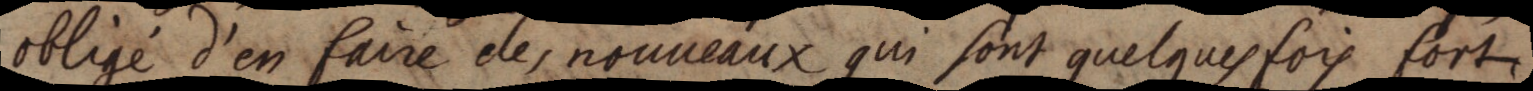
obligé d’en faire des nouveaux qui sont quelques fois fort